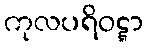
ကုလပရိဝဋ္ဋာ